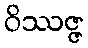
ဝိဿဇ္ဇ